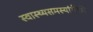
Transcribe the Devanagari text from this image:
स्वास्थ्यसमस्यांपैकी